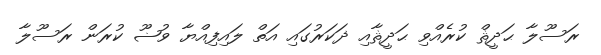
ރަސޫލާ ޙަދީޘް ކުރެއްވި ޙަދީޘާއި ޛަކަރުގައި އަތް ލައިފިއްޔާ ވުޟޫ ކުރަން ރަސޫލާ